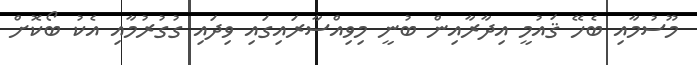
މޫސުމާއި ބެހޭ ޤައުމީ އިދާރާއިން ބުނީ މިވިއްސާރައިގައި ވިދައި ގުގުރުމާއި އެކު ބޯކޮށް